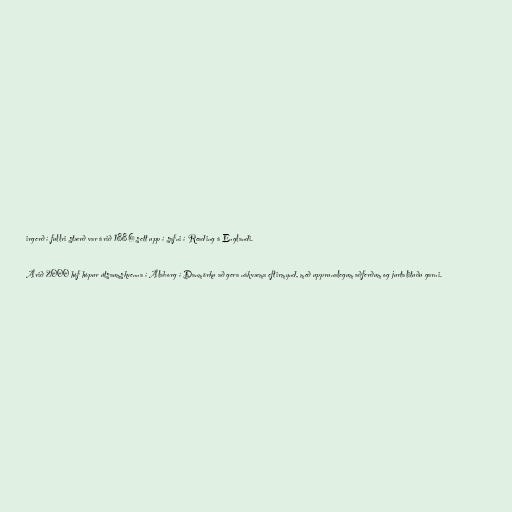
irgerð í fullri stærð var árið 1886 sett upp í safni í Reading á Englandi.

Árið 2000 hóf hópur útsaumskvenna í Álaborg í Danmörku að gera nákvæma eftirmynd, með upprunalegum aðferðum og jurtalituðu garni.